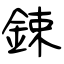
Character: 鋉